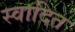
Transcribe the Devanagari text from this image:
स्वादित